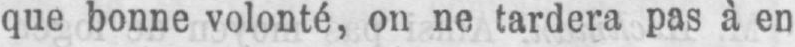
que bonne volonté, on ne tardera pas à en